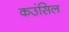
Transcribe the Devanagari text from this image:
कउंसिल